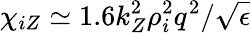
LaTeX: \chi_{iZ}\simeq 1.6k_{Z}^{2}\rho_{i}^{2}q^{2}/\sqrt{\epsilon}